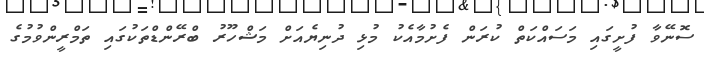
ސޮނޭވާ ފުށީގައި މަސައްކަތް ކުރަން ފެށުމާއެކު މުޅި ދުނިޔެއަށް މަޝްހޫރު ބްރޭންޑްތަކުގައި ތަމްރީންވުމުގެ